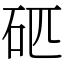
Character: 𥐵